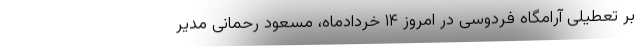
بر تعطیلی آرامگاه فردوسی در امروز ۱۴ خردادماه، مسعود رحمانی مدیر